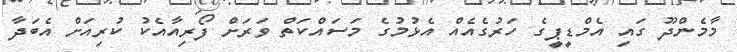
މާމެންދޫ ގައި އެމްޑީޕީގެ ހަރުގެއެއް އެޅުމުގެ މަސައްކަތް ވަރަށް ފޯރިއާއެކު ކުރިއަށް އެބަދާ